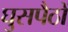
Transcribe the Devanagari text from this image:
घुसपैठों